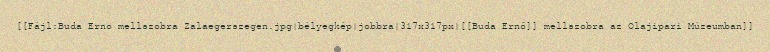
[[Fájl:Buda Erno mellszobra Zalaegerszegen.jpg|bélyegkép|jobbra|317x317px|[[Buda Ernő]] mellszobra az Olajipari Múzeumban]]